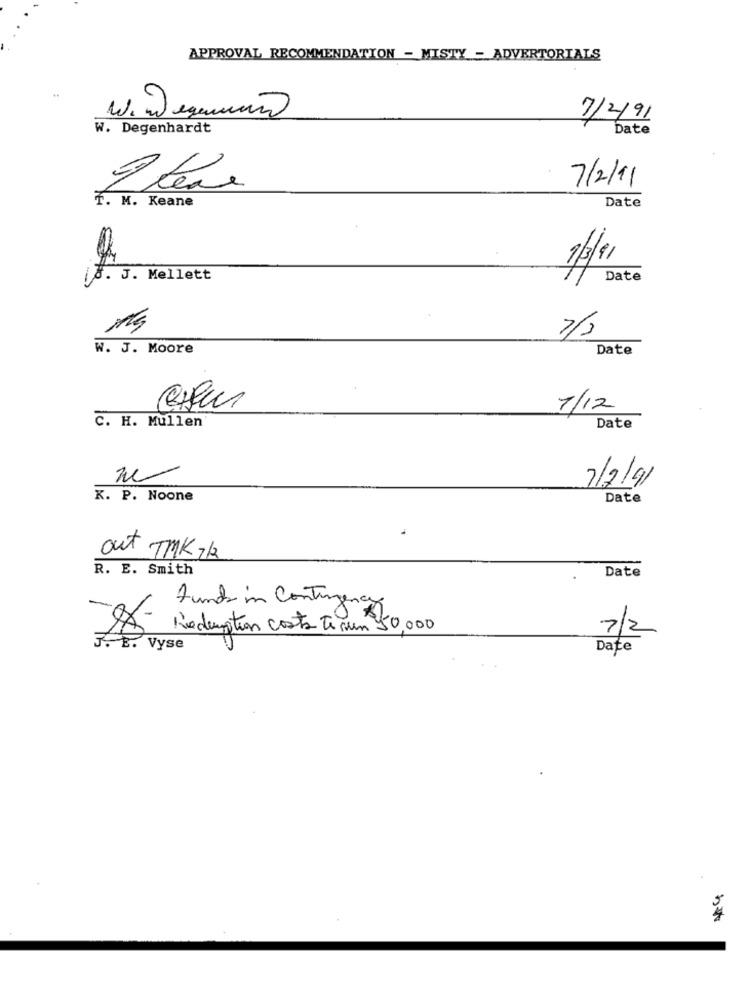
APPROVAL RECOMMENDATION - MISTY - ADVERTORIALS
W. W equino
7/2/91
W. Degenhardt
Date
7/2/11
Date
T. M. Keane
1/41
jJ. J. Mellett
Date
W. J. Moore
Date
7/12
C. H. Mullen'
Date
7/2/91
K. P. Noone
Date
out TMK 2/
R. E. Smith
Date
Funds in Contingenciako
Redemption costa te un 50,000
7/2
J. E. Vyse
Date